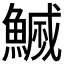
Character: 𮬇